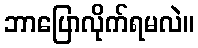
ဘာပြောလိုက်ရမလဲ။